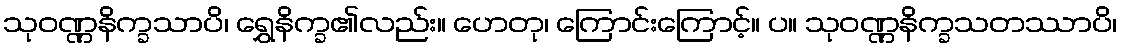
သုဝဏ္ဏနိက္ခသာပိ၊ ရွှေနိက္ခ၏လည်း။ ဟေတု၊ ကြောင်းကြောင့်။ ပ။ သုဝဏ္ဏနိက္ခသတဿာပိ၊